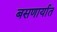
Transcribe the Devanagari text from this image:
बसणार्यात